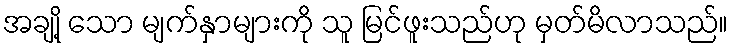
အချို့ သော မျက်နှာများကို သူ မြင်ဖူးသည်ဟု မှတ်မိလာသည်။